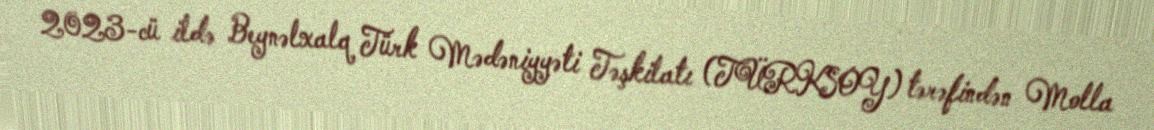
2023-cü ildə Beynəlxalq Türk Mədəniyyəti Təşkilatı (TÜRKSOY) tərəfindən Molla